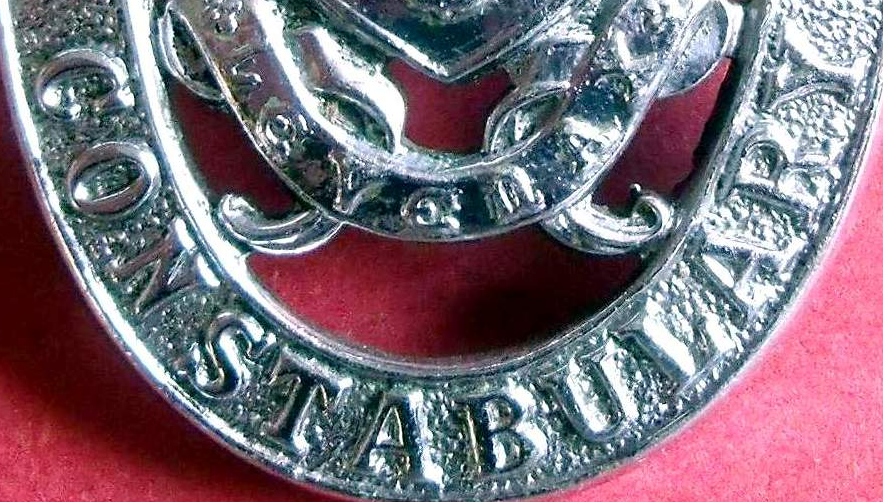
CONSTABULARY